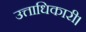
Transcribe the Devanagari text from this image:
उत्ताधिकारी।